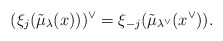
\begin{align*}(\xi_j(\tilde{\mu}_\lambda(x)))^\vee=\xi_{-j}(\tilde{\mu}_{\lambda^\vee}(x^{\vee})).\end{align*}